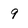
Character: 9